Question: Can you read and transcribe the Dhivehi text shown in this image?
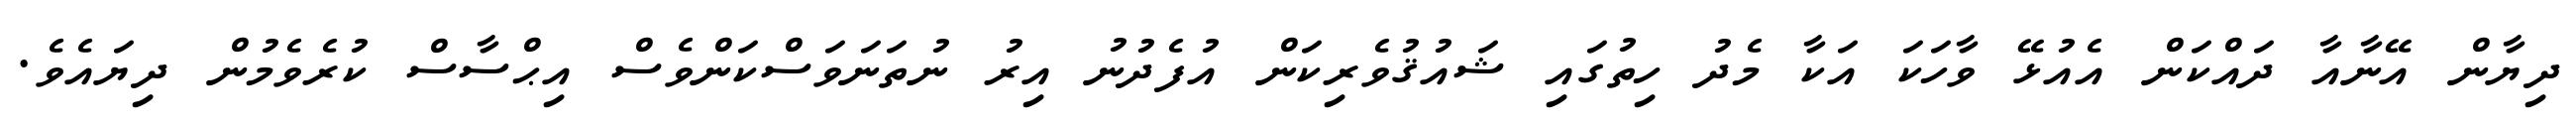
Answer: ދިޔާން އޭނާއާ ދައްކަން އެއުޅޭ ވާހަކަ އަކާ މެދު ހިތުގައި ޝައުޤުވެރިކަން އުފެދުނު އިރު ނުތަނަވަސްކަންވެސް އިޙްސާސް ކުރެވެމުން ދިޔައެވެ.